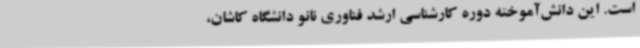
است. این دانش‌آموخته دوره کارشناسی ارشد فناوری‌ نانو دانشگاه کاشان،